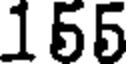
155